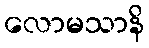
လောမသာနိ